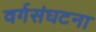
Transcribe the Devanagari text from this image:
वर्गसंघटना